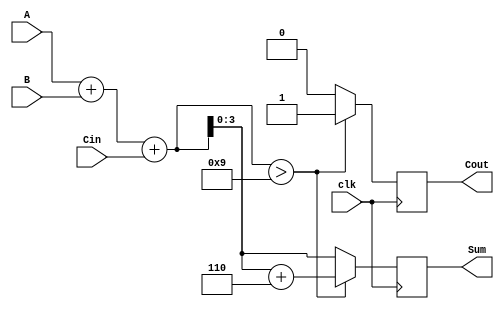
module BCD_Synchronous_Adder (
    input wire [3:0] A,      // First BCD digit (0-9)
    input wire [3:0] B,      // Second BCD digit (0-9)
    input wire clk,          // Clock signal
    input wire Cin,          // Carry input for multi-digit addition
    output reg [3:0] Sum,    // BCD output (sum of A and B)
    output reg Cout          // Carry output
);

    reg [4:0] S;             // 5-bit sum to hold A + B + Cin

    always @(posedge clk) begin
        // Perform binary addition
        S = A + B + Cin;

        // Check if correction is needed
        if (S > 5'b01001) begin
            // Apply correction by adding 6 (0110)
            S = S + 5'b00110;
            Cout = 1; // Set carry out if correction was applied
        end else begin
            Cout = 0; // No carry out if no correction
        end

        // Assign the lower 4 bits to Sum
        Sum = S[3:0];
    end

endmodule